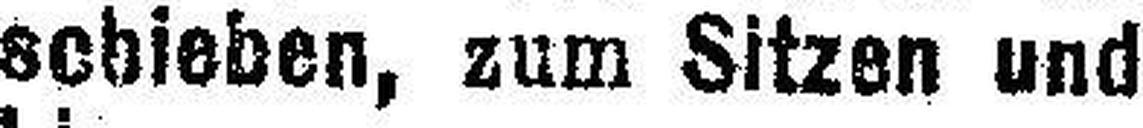
schieben, zum Sitzen und